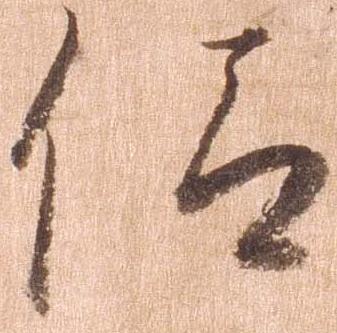
仰